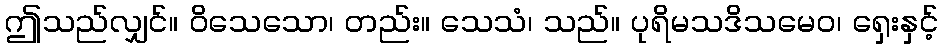
ဤသည်လျှင်။ ဝိသေသော၊ တည်း။ သေသံ၊ သည်။ ပုရိမသဒိသမေဝ၊ ရှေးနှင့်